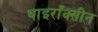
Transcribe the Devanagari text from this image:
थाइराँक्सीन